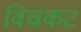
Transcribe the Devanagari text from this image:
विचकट